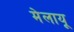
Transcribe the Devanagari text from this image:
मेलायू